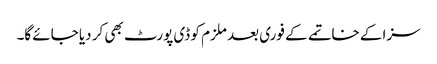
سزا کے خاتمے کے فوری بعد ملزم کو ڈی پورٹ بھی کر دیا جائے گا۔